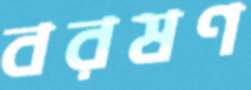
বরষণ